Papaver somniferum - Opium : an extract from the sixth volume of the Dictionary of Economic Products of India
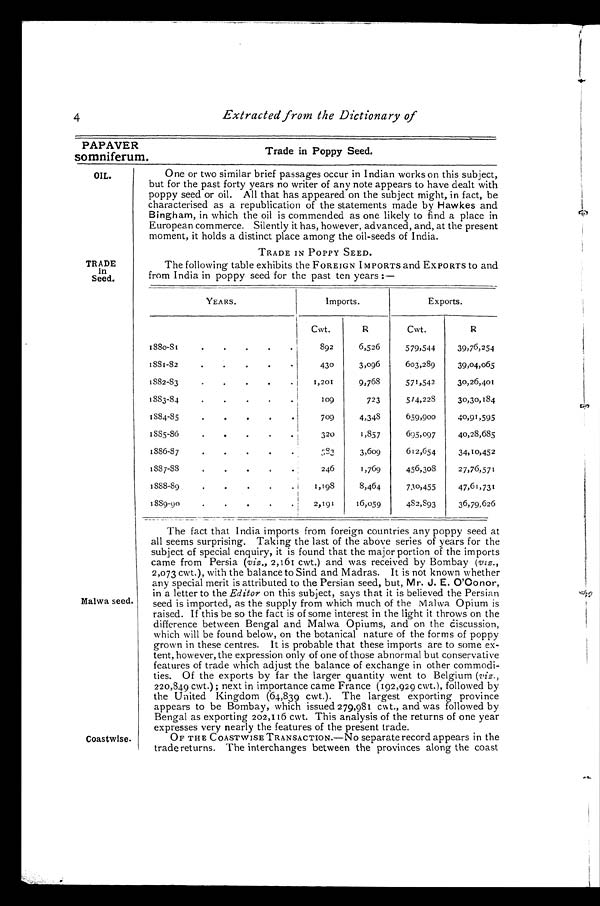
PAPAVER
somniferum.
Trade in Poppy Seed.
4
Extracted from the Dictionary of
OIL.
TRADE
in
Seed.
Malwa seed.
Coastwise.
One or two similar brief passages occur in Indian works on this subject,
but for the past forty years no writer of any note appears to have dealt with
poppy seed or oil. All that has appeared on the subject might, in fact, be
characterised as a republication of the statements made by Hawkes and
Bingham, in which the oil is commended as one likely to find a place in
European commerce. Silently it has, however, advanced, and, at the present
moment, it holds a distinct place among the oil-seeds of India.
TRADE IN POPPY SEED.
The following table exhibits the FOREIGN IMPORTS and EXPORTS to and
from India in poppy seed for the past ten years :—
YEARS.
Imports.
Exports.
Cwt.
R
Cwt.
R
1880-81
892
6,526
579,544
39,76,254
1881-82
430
3,096
603,289
39,04,065
1882-83
1,201
9,768
571,542
30,26,401
1883-84
109
723
514,228
30,30,184
1884-85
709
4,348
659,900
40,91,595
1885-86
320
1,857
695,097
40,28,685
1886-87
583
3,609
612,654
34,10,452
1887-88
246
1,769
456,308
27,76,571
1888-89
1,198
8,464
730,455
47,61,731
1889-90
2,191
16,059
482,893
36,79,626
The fact that India imports from foreign countries any poppy seed at
all seems surprising. Taking the last of the above series of years for the
subject of special enquiry, it is found that the major portion of the imports
came from Persia (viz., 2,161 cwt.) and was received by Bombay (viz.,
2,073 cwt.), with the balance to Sind and Madras. It is not known whether
any special merit is attributed to the Persian seed, but, Mr. J. E. O'Co nor,
in a letter to the Editor on this subject, says that it is believed the Persian
seed is imported, as the supply from which much of the Malwa Opium is
raised. If this be so the fact is of some interest in the light it throws on the
difference between Bengal and Malwa Opiums, and on the discussion,
which will be found below, on the botanical nature of the forms of poppy
grown in these centres. It is probable that these imports are to some ex-
tent, however, the expression only of one of those abnormal but conservative
features of trade which adjust the balance of exchange in other commodi
-ties. Of the exports by far the larger quantity went to Belgium (viz.,
220,849 cwt.); next in importance came France (192,929 cwt.), followed by
the United Kingdom (64,839 cwt.). The largest exporting province
appears to be Bombay, which issued 279,981cwt., and was followed by
Bengal as exporting 202,116 cwt. This analysis of the returns of one year
expresses very nearly the features of the present trade.
OF THE COASTWISE TRANSACTION.—NO separate record appears in the
trade returns. The interchanges between the provinces along the coast